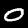
Label: 0